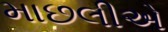
માછલીએ